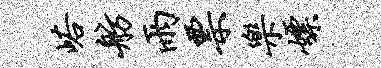
峪舫雨票乐嫖